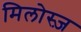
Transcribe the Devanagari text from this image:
मिलोस्ज़